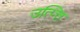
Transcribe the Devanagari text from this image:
उत्प्त्ति